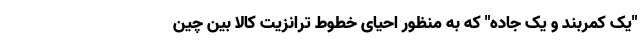
"یک کمربند و یک جاده" که به منظور احیای خطوط ترانزیت کالا بین چین